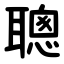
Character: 聰